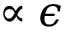
\propto \epsilon